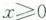
$$x \ge 0$$